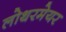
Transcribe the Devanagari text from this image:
लोथरमेयर